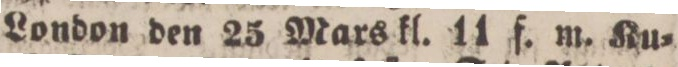
London den 25 Mars kl. 11 f. m. Ku=